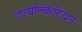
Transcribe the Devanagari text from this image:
डायोक्लेटियन